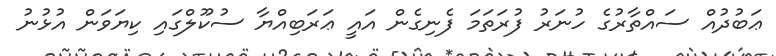
ޢަބުދުއް ސައްތާރުގެ ހުނަރު ފުރަތަމަ ފެނިގެން އައީ ޢަރަބިއްޔާ ސުކޫލްގައި ކިޔަވަން އުޅުނު